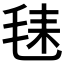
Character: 𪵛